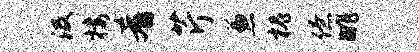
汲楼肴芹兼槐僚眺